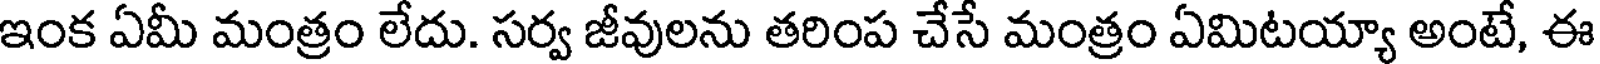
ఇంక ఏమీ మంత్రం లేదు. సర్వ జీవులను తరింప చేసే మంత్రం ఏమిటయ్యా అంటే, ఈ